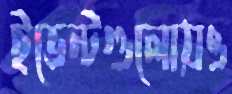
ইভেন্টগুলোয়ও